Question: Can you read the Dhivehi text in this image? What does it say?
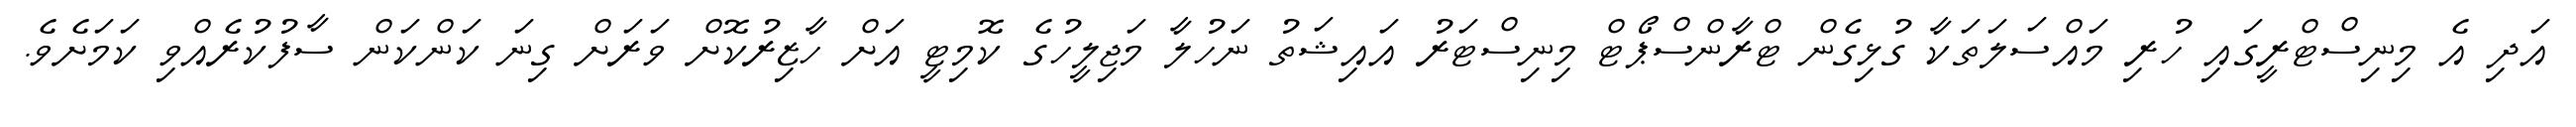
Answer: އަދި އެ މިނިސްޓްރީގައި ހުރި މައްސަލަތަކާ ގުޅިގެން ޓްރާންސްޕޯޓް މިނިސްޓަރު އައިޝަތު ނަހުލާ މަޖިލީހުގެ ކޮމިޓީ އަށް ހާޒިރުކޮށް ވަރަށް ގިނަ ކަންކަން ސާފުކުރެއްވި ކަމަށެވެ.